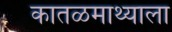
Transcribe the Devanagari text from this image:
कातळमाथ्याला